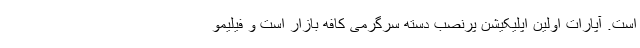
است. آپارات اولین اپلیکیشن پرنصب دسته سرگرمی کافه ‌بازار است و فیلیمو